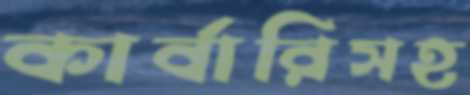
কার্বারিসহ